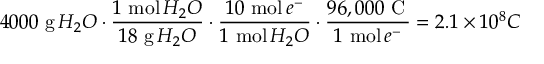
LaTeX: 4 0 0 0 \ { \mathrm { g } } \, H _ { 2 } O \cdot { \frac { 1 \ { \mathrm { m o l } } \, H _ { 2 } O } { 1 8 \ { \mathrm { g } } \, H _ { 2 } O } } \cdot { \frac { 1 0 \ { \mathrm { m o l } } \, e ^ { - } } { 1 \ { \mathrm { m o l } } \, H _ { 2 } O } } \cdot { \frac { 9 6 , 0 0 0 \ { \mathrm { C } } \, } { 1 \ { \mathrm { m o l } } \, e ^ { - } } } = 2 . 1 \times 1 0 ^ { 8 } C \ \,